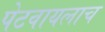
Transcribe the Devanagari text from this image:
पेटवायलाच